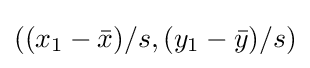
((x_{1}-{\bar {x}})/s,(y_{1}-{\bar {y}})/s)